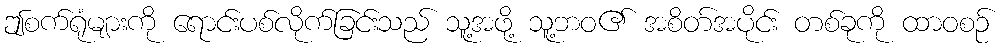
ဤစက်ရုံများကို ရောင်းပစ်လိုက်ခြင်းသည် သူ့အဖို့ သူ့ဘဝ၏ အစိတ်အပိုင်း တစ်ခုကို ထာဝစဉ်